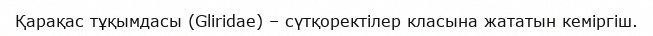
Қарақас тұқымдасы (Glіrіdae) – сүтқоректілер класына жататын кеміргіш.